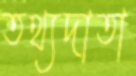
তথ্যদাতা